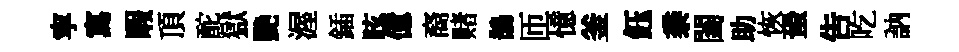
寜寫睱頂酡獄艷渥鍤眩億裔赌鵲匝憶釜鈺黍闔助恢蛩吿吃訥